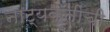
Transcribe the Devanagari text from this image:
नाट्यकृतींची